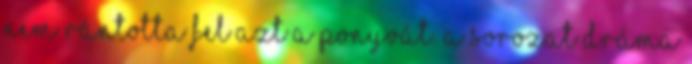
nem rántotta fel azt a ponyvát. A sorozat dráma